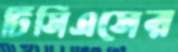
টিসিএসের